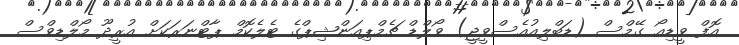
އޮފް ވީޑިއޯ ގޭމްސް (ޑަބްލިއުއެސްވީޖީ) ވޯލްޑް ޗެމްޕިއަންޝިޕްގެ ޓެލެކޮމް ޕާޓްނަރަކަށް އުރީދޫ މޯލްޑިވްސް